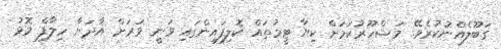
ގަބޫލެއްނުކުރެވޭ. މަޝްހޫރުކަމަށް ކިޔާ ޓީމުތައް ކޮލިފައިންގައި ވަނީ ވަރަށް އާދަޔާ ހިލާފް މޮޅު